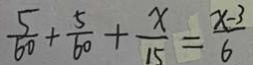
\frac { 5 } { 6 0 } + \frac { 5 } { 6 0 } + \frac { x } { 1 5 } = \frac { x - 3 } { 6 }